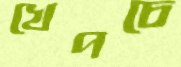
খেপচে